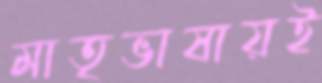
মাতৃভাষায়ই